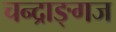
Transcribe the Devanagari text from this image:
चन्द्राङ्गज